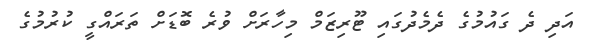
އަދި ދެ ގައުމުގެ ދެމެދުގައި ޓޫރިޒަމް މިހާރަށް ވުރެ ބޮޑަށް ތަރައްގީ ކުރުމުގެ